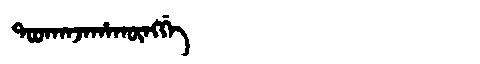
Manchu: ᡨᠣᠣᡴᠠᠨᠵᠠᡥᠠᡴᡡᠩᡤᡝ
Romanization: TOOKANJAHAKŪNGGE